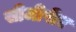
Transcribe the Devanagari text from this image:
सीजीपीए